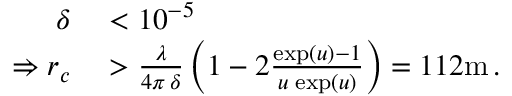
\begin{array} { r l } { \delta } & { { } < 1 0 ^ { - 5 } } \\ { \Rightarrow r _ { c } } & { { } > \frac { \lambda } { 4 \pi \, \delta } \left( 1 - 2 \frac { \exp ( u ) - 1 } { u \, \exp ( u ) } \right) = 1 1 2 \mathrm { m } \, . } \end{array}